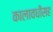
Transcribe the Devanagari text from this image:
कालावधीसह